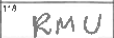
Transcription: RMU